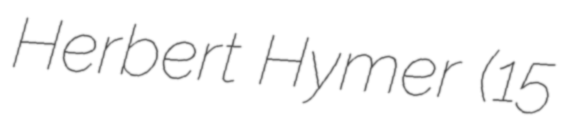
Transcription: Herbert Hymer (15